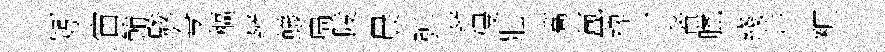
矧宙鮪駿夸樞辨蟻扃陵晨弹辨侵壯篙氲禆丁者臘綫井粧